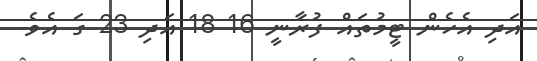
އަދި އެހެން ޓީމުތައް ފުރާނީ 16 18 އަދި 23 ގަ އެވެ.